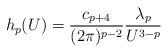
LaTeX: \begin{align*}h_p(U)={{c_{p+4}}\over{(2\pi)^{p-2}}} {{\lambda_p}\over{U^{3-p}}}\end{align*}